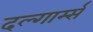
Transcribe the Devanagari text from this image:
दल्गार्म्स